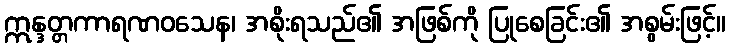
ဣန္ဒတ္တကာရဏဝသေန၊ အစိုးရသည်၏ အဖြစ်ကို ပြုစေခြင်း၏ အစွမ်းဖြင့်။